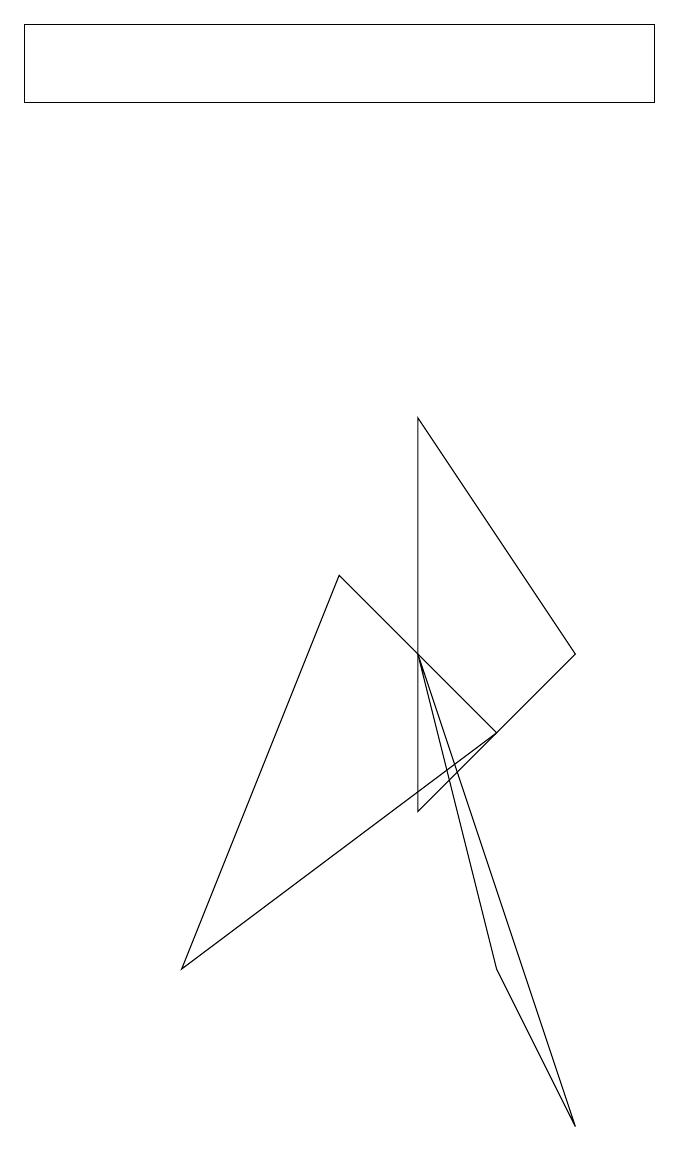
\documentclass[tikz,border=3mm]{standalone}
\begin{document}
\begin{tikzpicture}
\draw (8,0) -- (6,6) -- (7,2) -- cycle;
\draw (9,14) rectangle (1,13);
\draw (3,2) -- (5,7) -- (7,5) -- cycle;
\draw (8,6) -- (6,9) -- (6,4) -- cycle;
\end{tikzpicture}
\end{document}